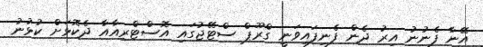
އޭނާ ފެނުނު އިރު ދެން ފެނިފައިވަނީ ގްރޫޕް ސްޓޭޖުގައި އޮސްޓްރިއާއާ ދެކޮޅަށް ކުޅުނު